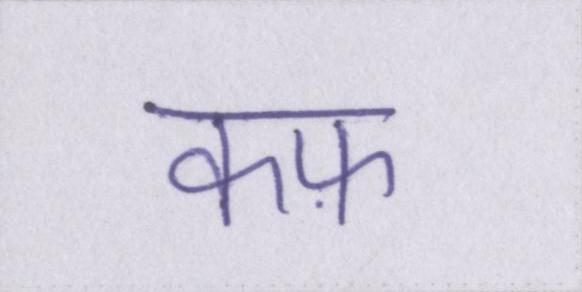
कफ़